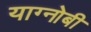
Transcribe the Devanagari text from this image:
याग्नोबी